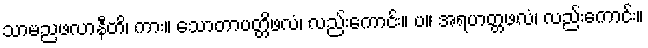
သာမညဖလာနီတိ၊ ကား။ သောတာပတ္တိဖလံ၊ လည်းကောင်း။ ပ။ အရဟတ္တဖလံ၊ လည်းကောင်း။